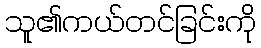
သူ၏ကယ်တင်ခြင်းကို